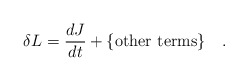
\begin{align*}\delta L = \frac{dJ}{dt} + \mbox{\{other terms\}} \quad. \end{align*}